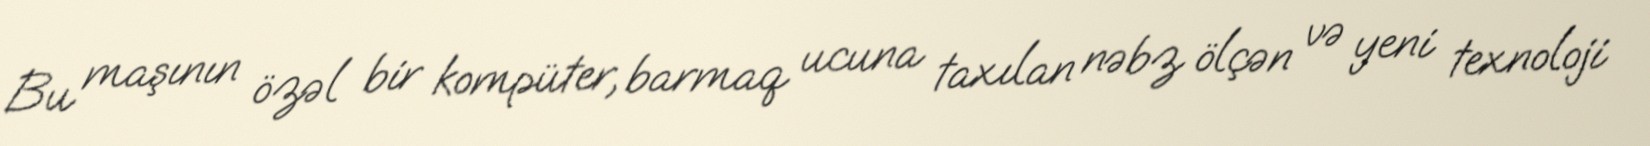
Bu maşının özəl bir kompüter, barmaq ucuna taxılan nəbz ölçən və yeni texnoloji